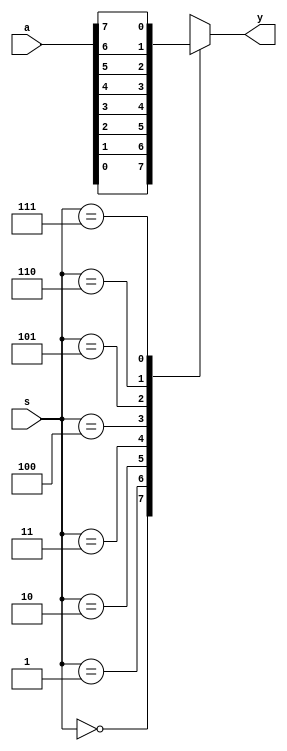
module mux(a,s,y);
 input [7:0]a;
 input [2:0]s;
 output reg y;
 always @(*)
 begin
	 case(s)
		 3'b000 : begin
			 y = a[0];
		 end

		 3'b001 : begin
			 y = a[1];
		 end

		 3'b010 : begin
			 y = a[2];
		 end

		 3'b011 : begin
			 y = a[3];
		 end

		 3'b100 : begin
			 y = a[4];
		 end

		 3'b101 : begin
			 y = a[5];
		 end

		 3'b110 : begin
			 y = a[6];
		 end

		 3'b111 : begin
			 y = a[7];
		 end
		 default : y =1'b0;
	 endcase
 end
endmodule